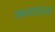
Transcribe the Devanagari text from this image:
मथाउस